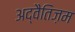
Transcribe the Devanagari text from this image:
अद्वैतिज़म